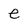
Character: e